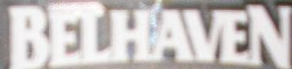
BELHAVEN